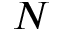
N